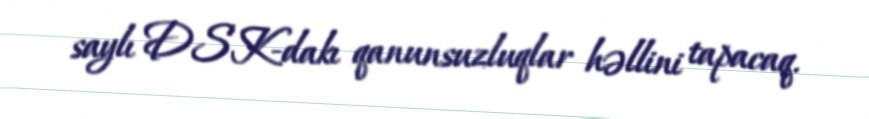
saylı DSK-dakı qanunsuzluqlar həllini tapacaq.